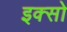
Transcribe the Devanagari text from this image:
इक्सो